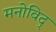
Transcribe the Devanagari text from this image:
मनोविद्